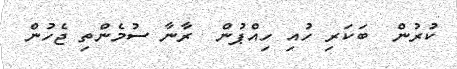
ކުރުން  ބަކަރި ހުއި ހިއްޕުން  ރާނާ ސުމެންތި ޖެހުން